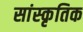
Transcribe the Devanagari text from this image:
सांस्‍कृतिक